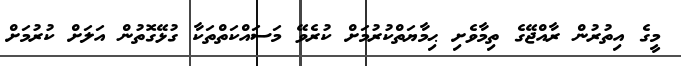
މީގެ އިތުރުން ރާއްޖޭގެ ތިމާވެށި ޙިމާޔަތްކުރުމަށް ކުރެވޭ މަސައްކަތްތަކާ ގުޅޭގޮތުން އަލަށް ކުރުމަށް